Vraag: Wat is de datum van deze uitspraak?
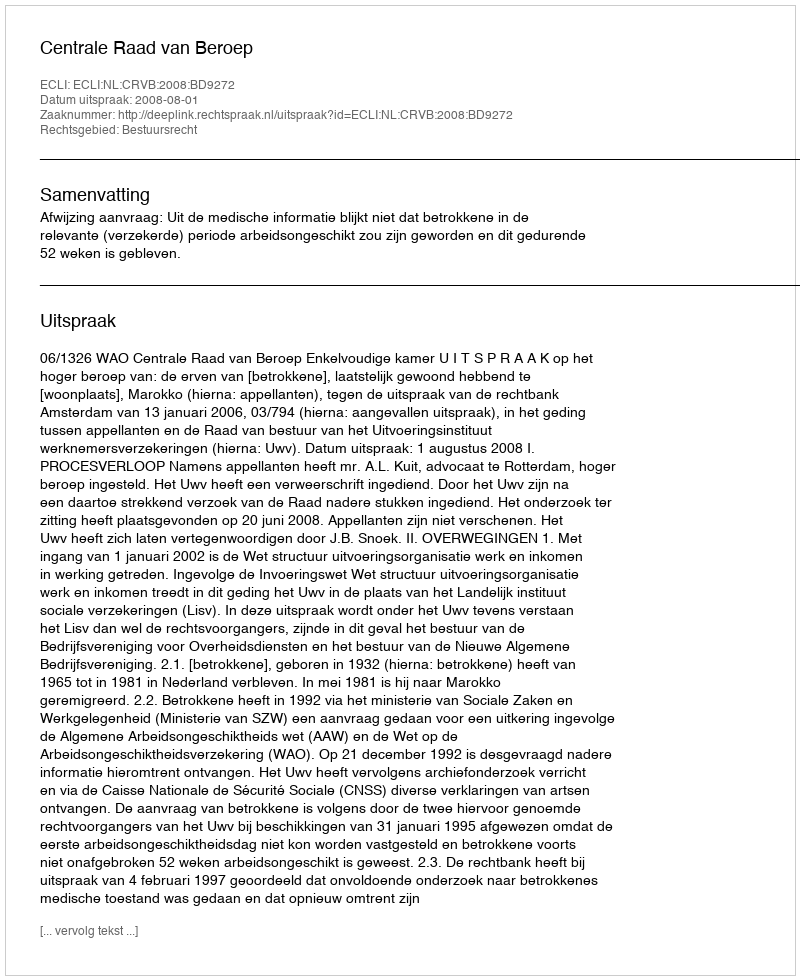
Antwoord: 2008-08-01